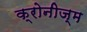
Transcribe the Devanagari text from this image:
क्रोनीज्म